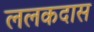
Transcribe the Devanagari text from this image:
ललकदास